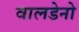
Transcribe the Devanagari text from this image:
वालडेनो